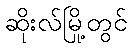
ဆိုးလ်မြို့တွင်